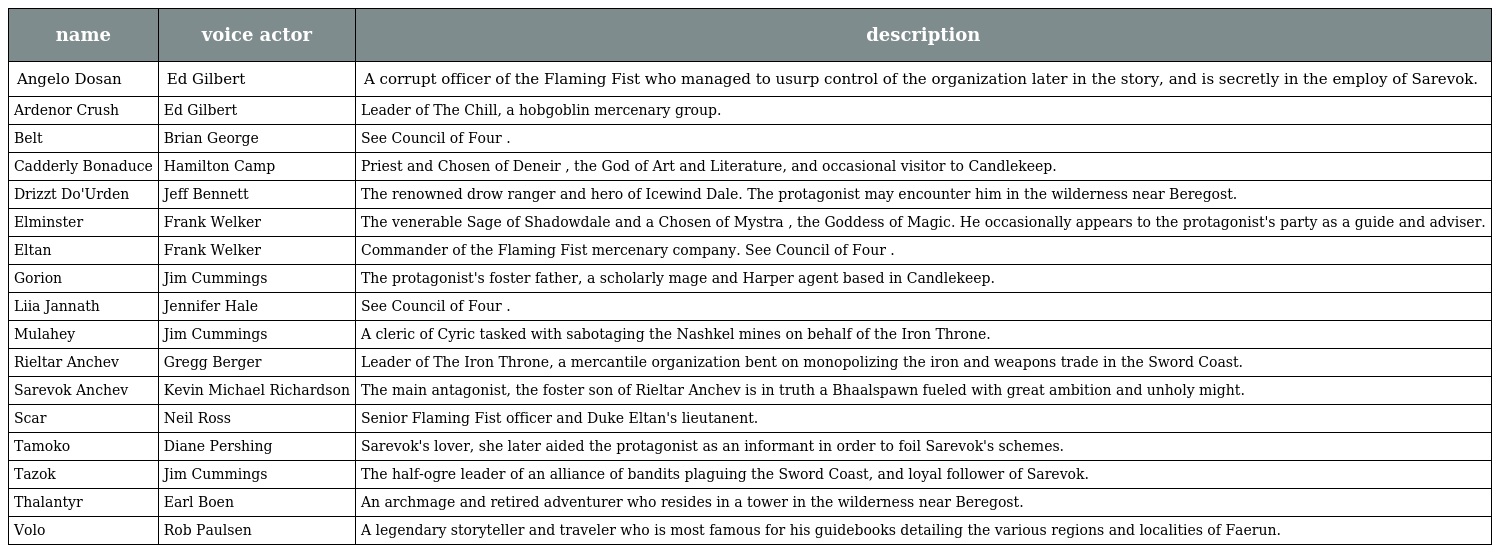
| name | voice actor | description |
 | --- | --- | --- |
 | Angelo Dosan | Ed Gilbert | A corrupt officer of the Flaming Fist who managed to usurp control of the organization later in the story, and is secretly in the employ of Sarevok. |
 | Ardenor Crush | Ed Gilbert | Leader of The Chill, a hobgoblin mercenary group. |
 | Belt | Brian George | See Council of Four . |
 | Cadderly Bonaduce | Hamilton Camp | Priest and Chosen of Deneir , the God of Art and Literature, and occasional visitor to Candlekeep. |
 | Drizzt Do'Urden | Jeff Bennett | The renowned drow ranger and hero of Icewind Dale. The protagonist may encounter him in the wilderness near Beregost. |
 | Elminster | Frank Welker | The venerable Sage of Shadowdale and a Chosen of Mystra , the Goddess of Magic. He occasionally appears to the protagonist's party as a guide and adviser. |
 | Eltan | Frank Welker | Commander of the Flaming Fist mercenary company. See Council of Four . |
 | Gorion | Jim Cummings | The protagonist's foster father, a scholarly mage and Harper agent based in Candlekeep. |
 | Liia Jannath | Jennifer Hale | See Council of Four . |
 | Mulahey | Jim Cummings | A cleric of Cyric tasked with sabotaging the Nashkel mines on behalf of the Iron Throne. |
 | Rieltar Anchev | Gregg Berger | Leader of The Iron Throne, a mercantile organization bent on monopolizing the iron and weapons trade in the Sword Coast. |
 | Sarevok Anchev | Kevin Michael Richardson | The main antagonist, the foster son of Rieltar Anchev is in truth a Bhaalspawn fueled with great ambition and unholy might. |
 | Scar | Neil Ross | Senior Flaming Fist officer and Duke Eltan's lieutanent. |
 | Tamoko | Diane Pershing | Sarevok's lover, she later aided the protagonist as an informant in order to foil Sarevok's schemes. |
 | Tazok | Jim Cummings | The half-ogre leader of an alliance of bandits plaguing the Sword Coast, and loyal follower of Sarevok. |
 | Thalantyr | Earl Boen | An archmage and retired adventurer who resides in a tower in the wilderness near Beregost. |
 | Volo | Rob Paulsen | A legendary storyteller and traveler who is most famous for his guidebooks detailing the various regions and localities of Faerun. |